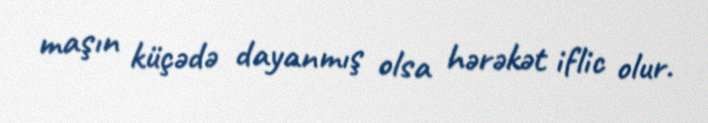
maşın küçədə dayanmış olsa hərəkət iflic olur.